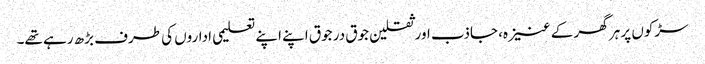
سڑکوں پر ہر گھر کے عنیزہ، جاذب اور ثقلین جوق در جوق اپنے اپنے تعلیمی اداروں کی طرف بڑھ رہے تھے۔